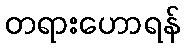
တရားဟောရန်